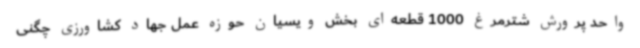
واحد پرورش شترمرغ 1000 قطعه‌ای بخش ویسیان حوزه عمل جهاد کشاورزی چگنی